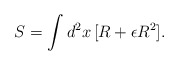
\begin{align*}S = \int d^2x\, [ R + \epsilon R^2 ].\end{align*}